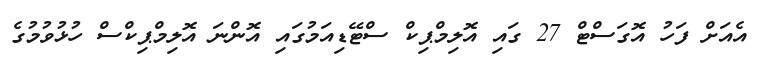
އެއަށް ފަހު އޮގަސްޓް 27 ގައި އޮލިމްޕިކް ސްޓޭޑިއަމުގައި އޮންނަ އޮލިމްޕިކްސް ހުޅުވުމުގެ